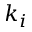
k _ { i }